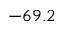
- 6 9 . 2